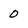
Character: 0